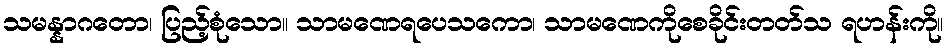
သမန္နာဂတော၊ ပြည့်စုံသော။ သာမဏေရပေသကော၊ သာမဏေကိုစေခိုင်းတတ်သ ရဟန်းကို။